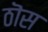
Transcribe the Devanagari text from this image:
ठॊस